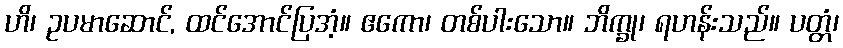
ဟိ၊ ဥပမာဆောင်, ထင်အောင်ပြအံ့။ ဧကော၊ တစ်ပါးသော။ ဘိက္ခု၊ ရဟန်းသည်။ ပတ္တံ၊